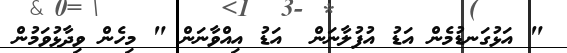
" އަޅުގަނޑުމެން އަޑު އުފުލާނަން  އަޑު އިއްވާނަން " މިހެން ވިދާޅުވަމުން